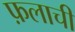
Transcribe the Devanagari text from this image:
फ़लाची